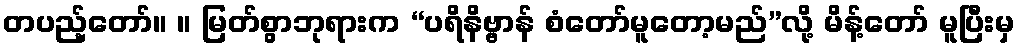
တပည့်တော်။ ။ မြတ်စွာဘုရားက “ပရိနိဗ္ဗာန် စံတော်မူတော့မည်”လို့ မိန့်တော် မူပြီးမှ